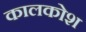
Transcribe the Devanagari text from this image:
कालकोश